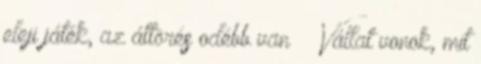
eleji játék, az áttörés odébb van Vállat vonok, mit